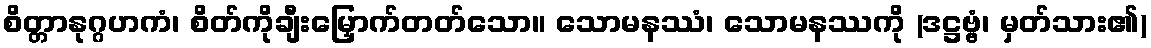
စိတ္တာနုဂ္ဂဟကံ၊ စိတ်ကိုချီးမြှောက်တတ်သော။ သောမနဿံ၊ သောမနဿကို (ဒဋ္ဌဗ္ဗံ၊ မှတ်သား၏)